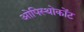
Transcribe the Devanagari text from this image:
ओपिस्थोकोंट